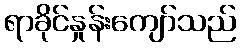
ရာခိုင်နှုန်းကျော်သည်